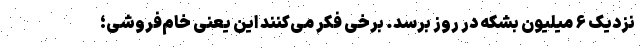
نزدیک ۶ میلیون بشکه در روز برسد. برخی فکر می‌کنند این یعنی خام‌فروشی؛